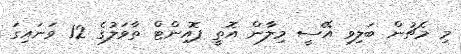
މި މެޗުން ބަލިވި އޭސީ މިލާން އޮތީ ޕޮއިންޓް ތާވަލުގެ 12 ވަނައިގަ